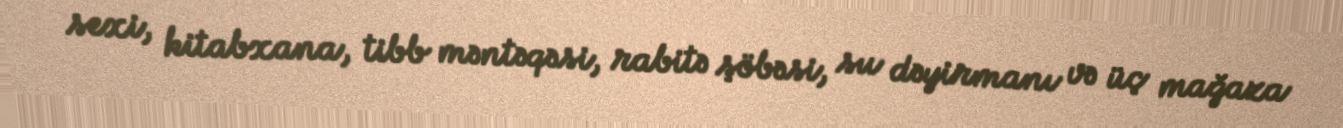
sexi, kitabxana, tibb məntəqəsi, rabitə şöbəsi, su dəyirmanı və üç mağaza